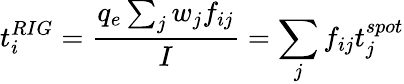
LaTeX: t_{i}^{RIG}=\frac{q_{e}\sum_{j}w_{j}f_{ij}}{I}=\sum_{j}f_{ij}t_{j}^{spot}